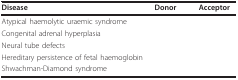
<table><thead><tr><td><b>Disease</b></td><td><b>Donor</b></td><td><b>Acceptor</b></td></tr></thead><tbody><tr><td>Atypical haemolytic uraemic syndrome</td><td>[EMPTY_CELL]</td><td>[EMPTY_CELL]</td></tr><tr><td>Congenital adrenal hyperplasia</td><td>[EMPTY_CELL]</td><td>[EMPTY_CELL]</td></tr><tr><td>Neural tube defects</td><td>[EMPTY_CELL]</td><td>[EMPTY_CELL]</td></tr><tr><td>Hereditary persistence of fetal haemoglobin</td><td>[EMPTY_CELL]</td><td>[EMPTY_CELL]</td></tr><tr><td>Shwachman-Diamond syndrome</td><td>[EMPTY_CELL]</td><td>[EMPTY_CELL]</td></tr></tbody></table>